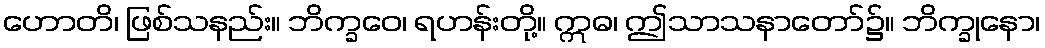
ဟောတိ၊ ဖြစ်သနည်း။ ဘိက္ခဝေ၊ ရဟန်းတို့။ ဣဓ၊ ဤသာသနာတော်၌။ ဘိက္ခုနော၊